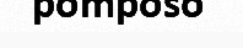
pomposo